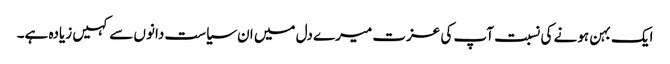
ایک بہن ہونے کی نسبت آپ کی عزت میرے دل میں ان سیاست دانوں سے کہیں زیادہ ہے۔